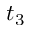
t _ { 3 }